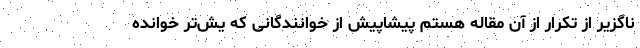
ناگزیر از تکرار از آن مقاله هستم پیشاپیش از خوانندگانی که یش‌تر خوانده